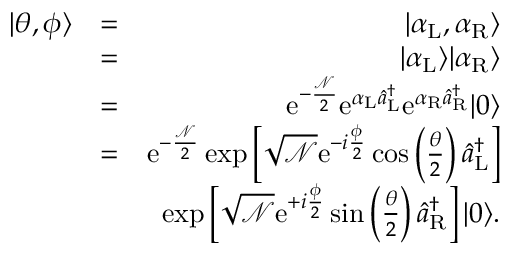
\begin{array} { r l r } { | \theta , \phi \rangle } & { = } & { | \alpha _ { \mathrm { L } } , \alpha _ { \mathrm { R } } \rangle } \\ & { = } & { | \alpha _ { \mathrm { L } } \rangle | \alpha _ { \mathrm { R } } \rangle } \\ & { = } & { \mathrm { e } ^ { - \frac { \mathcal N } { 2 } } \mathrm { e } ^ { \alpha _ { \mathrm { L } } \hat { a } _ { \mathrm { L } } ^ { \dagger } } \mathrm { e } ^ { \alpha _ { \mathrm { R } } \hat { a } _ { \mathrm { R } } ^ { \dagger } } | 0 \rangle } \\ & { = } & { \mathrm { e } ^ { - \frac { \mathcal N } { 2 } } \exp \left[ \sqrt { { \mathcal N } } \mathrm { e } ^ { - i \frac { \phi } { 2 } } \cos \left( \frac { \theta } { 2 } \right) \hat { a } _ { \mathrm { L } } ^ { \dagger } \right] } \\ & { } & { \exp \left[ \sqrt { { \mathcal N } } \mathrm { e } ^ { + i \frac { \phi } { 2 } } \sin \left( \frac { \theta } { 2 } \right) \hat { a } _ { \mathrm { R } } ^ { \dagger } \right] | 0 \rangle . } \end{array}